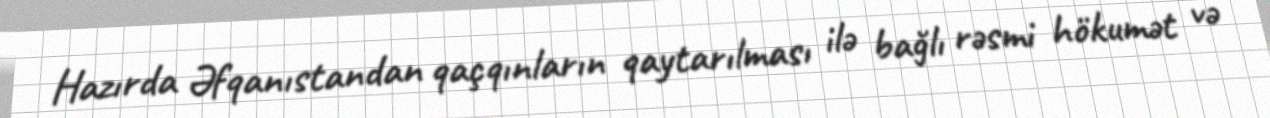
Hazırda Əfqanıstandan qaçqınların qaytarılması ilə bağlı rəsmi hökumət və